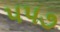
૫૫૭